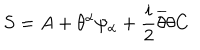
LaTeX: S = A + \theta ^ { \alpha } \psi _ { \alpha } + \frac { i } { 2 } \overline { { { \theta } } } \theta C